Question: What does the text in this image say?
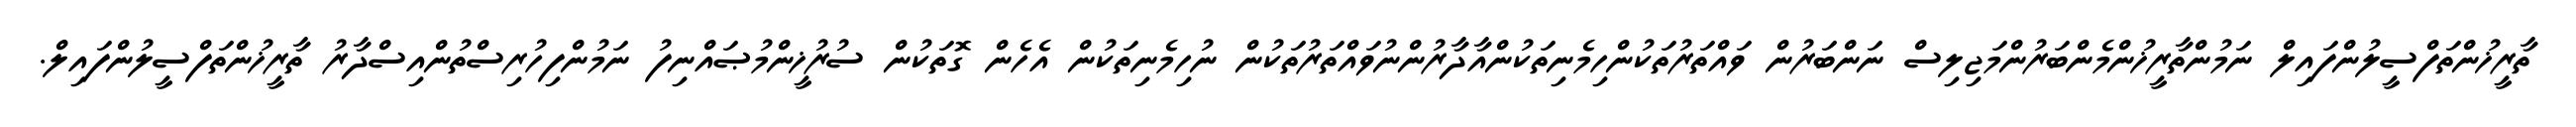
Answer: ތާރީޚުންތަފްސީލުންފައިލް ނަމުންތާރީޚުންމެންބަރުންމަޖިލިސް ނަންބަރުން ވައްތަރުތަކުންހިމެނިތަކުންއާދާރުންނުވައްތަރުތަކުން ނުހިމެނިތަކުން އެހެން ގޮތަކުން ސުރުޚީންމުޞައްނިފު ނަމުންފިހުރިސްތުންއިސްދާރު ތާރީޚުންތަފްސީލުންފައިލް.